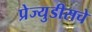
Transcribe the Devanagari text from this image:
प्रेज्युडीसचे